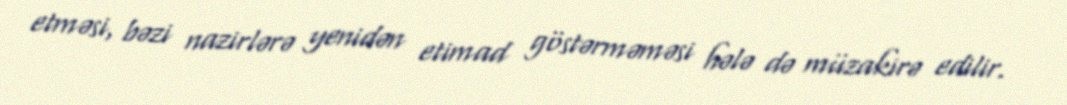
etməsi, bəzi nazirlərə yenidən etimad göstərməməsi hələ də müzakirə edilir.